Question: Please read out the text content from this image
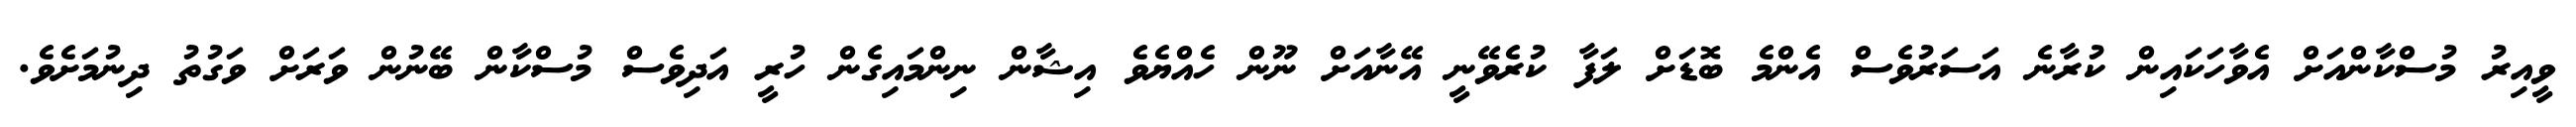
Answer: ވީއިރު މުސްކާންއަށް އެވާހަކައިން ކުރާނެ އަސަރުވެސް އެންމެ ބޮޑަށް ލަފާ ކުރެވޭނީ އޭނާއަށް ނޫން ހެއްޔެވެ އިޝާން ނިންމައިގެން ހުރީ އަދިވެސް މުސްކާން ބޭނުން ވަރަށް ވަގުތު ދިނުމަށެވެ.